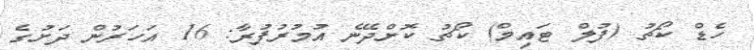
ހެޑް ކޯޗު (ފުލް ޓައިމް) ކޯޗު ކޮށްދޭނެ އުމުރުފުރާ: 16 އަހަރުން ދަށުގެ